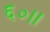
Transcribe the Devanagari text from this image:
६०।।